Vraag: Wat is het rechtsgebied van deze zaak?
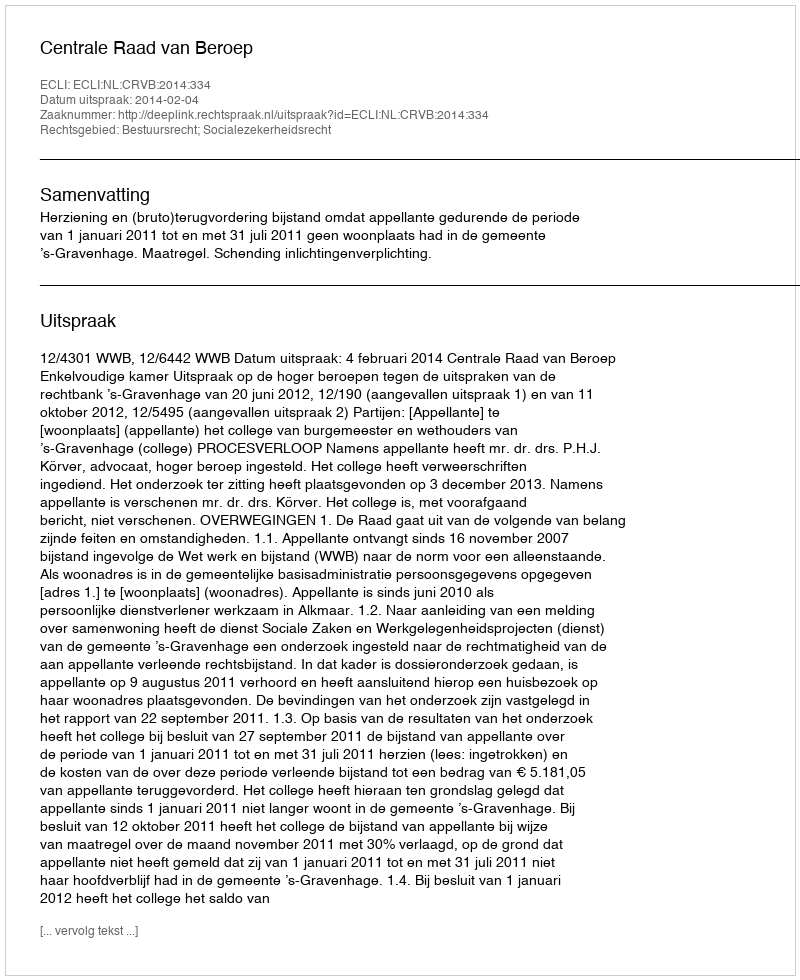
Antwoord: Bestuursrecht; Socialezekerheidsrecht